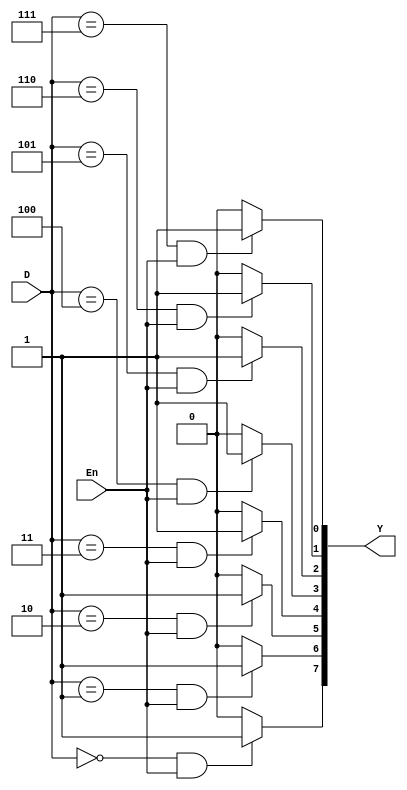
module dec3to8(D,En,Y);
	input [2:0]D;
	input En;
	output reg [0:7]Y;
	integer i;
	always@(D or En)
	begin
		for(i=0;i<=7;i=i+1)
		begin
			if(D==i&&En==1'b1)
				Y[i]=1'b1;
			else
				Y[i]=1'b0;
		end
	end
endmodule

module q2(D,En,Y);
	input [3:0]D;
	input En;
	output [0:15]Y;
	wire g,h;
	assign g=~D[3]&En;
	assign h=D[3]&En;
	
	dec3to8 stage0(D[2:0],g,Y[0:7]);
	dec3to8 stage1(D[2:0],h,Y[8:15]);
endmodule